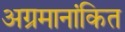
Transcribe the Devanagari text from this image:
अग्रमानांकित